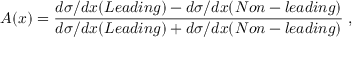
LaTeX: A ( x ) = \frac { d \sigma / d x ( L e a d i n g ) - d \sigma / d x ( N o n - l e a d i n g ) } { d \sigma / d x ( L e a d i n g ) + d \sigma / d x ( N o n - l e a d i n g ) } \; ,